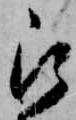
被